Civil Veterinary Department. Central Provinces & Berar 1932-41 - 1932-1941
Year: 1932
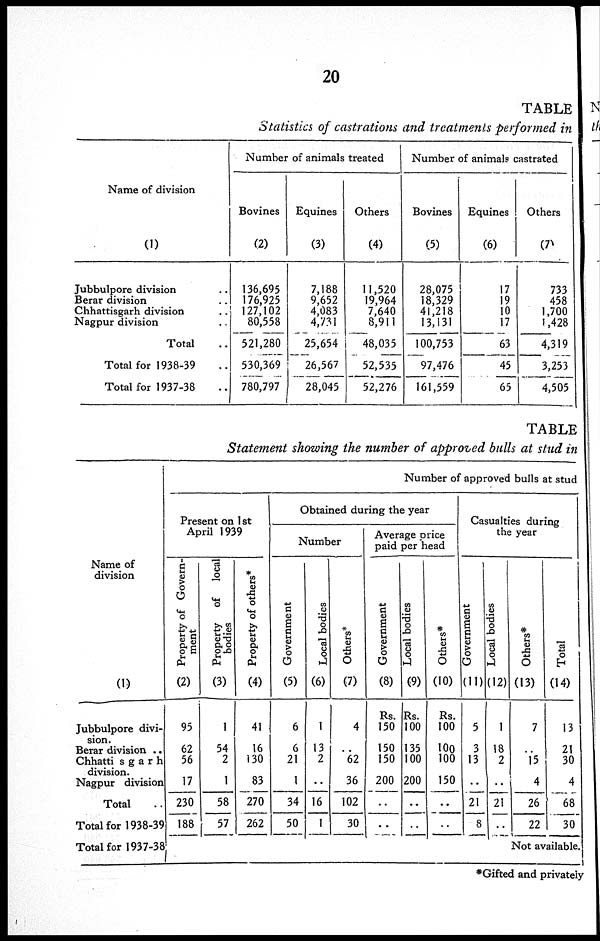
20
TABLE
Statistics of castrations and treatments performed in
Name of division
(1)
Jubbulpore division ..
Berar division ..
Chhattisgarh division ..
Nagpur division ..
Total
Total for 1938-39
Total for 1937-38
Number of animals treated
Bovines
(2)
136,695
176,925
127,102
80,558
521,280
530,369
780,797
Equines
(3)
7,188
9,652
4,083
4,731
25,654
26,567
28,045
Others
(4)
11,520
19,964
7,640
8,911
48,035
52,535
52,276
Number of animals castrated
Bovines
(5)
28,075
18,329
41,218
13,131
100,753
97,476
161,559
Equines
(6)
17
19
10
17
63
45
65
Others
(7)
733
458
1,700
1,428
4,319
3,253
4,505
TABLE
Statement showing the number of approved bulls at stud in
Name of
division
(1)
Jubbulpore divi-
sion.
Berar division ..
Chhatti sgarh
division.
Nagpur division
Total ..
Total for 1938-39
Total for 1937-38
Number of approved bulls at stud
Present on 1st
April 1939
Property of Govern-
ment
(2)
95
62
56
17
230
188
Property of local
bodies
(3)
1
54
2
1
58
57
Property of others*
(4)
41
16
130
83
270
262
Obtained during the year
Number
Government
(5)
6
6
21
1
34
50
Local bodies
(6)
1
13
2
..
16
1
Others*
(7)
4
. .
62
36
102
30
Average price
paid per head
Government
(8)
Rs.
150
150
150
200
..
..
Local bodies
(9)
Rs.
100
135
100
200
..
..
Others*
(10)
Rs.
100
100
100
150
..
..
Casualties during
the year
Government
(11)
5
3
13
..
21
8
Local bodies
(12)
1
18
2
..
21
..
Others*
(13)
7
..
15
4
26
22
Total
(14)
13
21
30
4
68
30
Not available
*Gifted and privately